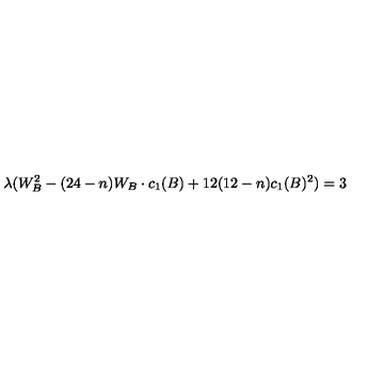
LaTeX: \lambda ( W _ { B } ^ { 2 } - ( 2 4 - n ) W _ { B } \cdot c _ { 1 } ( B ) + 1 2 ( 1 2 - n ) c _ { 1 } ( B ) ^ { 2 } ) = 3